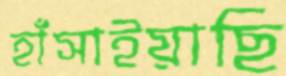
হাঁসাইয়াছি